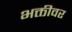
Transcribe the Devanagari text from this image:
भक्तीवर